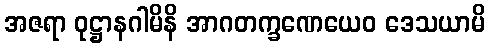
အဇရာ ဝုဋ္ဌာနဂါမိနိ အာဂတက္ခဏေယေဝ ဒေသယာမိ